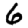
Digit: 6